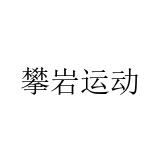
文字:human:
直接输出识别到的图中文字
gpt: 攀岩运动